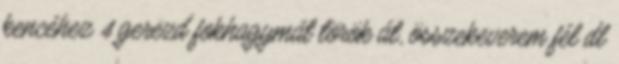
kencéhez 4 gerezd fokhagymát török át, összekeverem fél dl